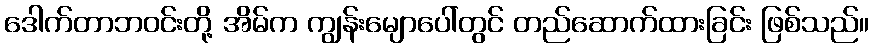
ဒေါက်တာဘဝင်းတို့ အိမ်က ကျွန်းမျောပေါ်တွင် တည်ဆောက်ထားခြင်း ဖြစ်သည်။